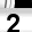
Digit: 2